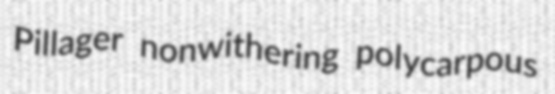
Pillager nonwithering polycarpous